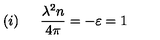
( i ) \: \: \: \: \: \: \: { \frac { \lambda ^ { 2 } n } { 4 \pi } } = - \varepsilon = 1